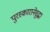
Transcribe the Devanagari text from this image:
पुरस्कारानेसुद्धा